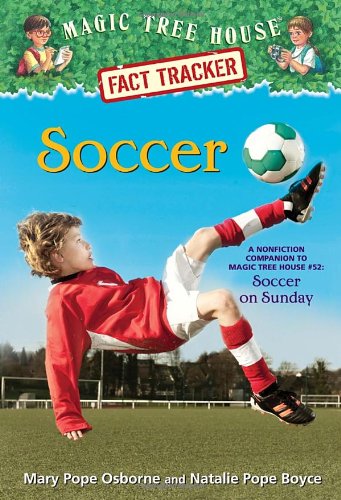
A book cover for Magic Tree House Fact Tracker #29: Soccer: A Nonfiction Companion to Magic Tree House #52: Soccer on Sunday (A Stepping Stone Book(TM)); Mary Pope Osborne; Children's Books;